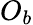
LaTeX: O_{b}